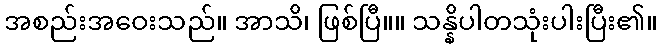
အစည်းအဝေးသည်။ အာသိ၊ ဖြစ်ပြီ။။ သန္နိပါတသုံးပါးပြီး၏။